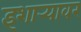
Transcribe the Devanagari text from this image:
इशार्‍यावर